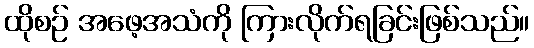
ထိုစဉ် အဖေ့အသံကို ကြားလိုက်ရခြင်းဖြစ်သည်။